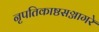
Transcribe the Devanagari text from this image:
नृपतिकाष्ठसञ्जागरे